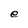
Character: e